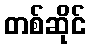
တစ်ဆိုင်